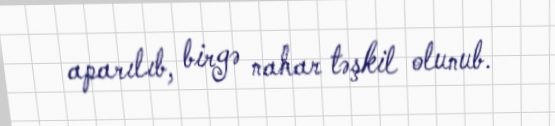
aparılıb, birgə nahar təşkil olunub.